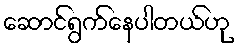
ဆောင်ရွက်နေပါတယ်ဟု